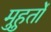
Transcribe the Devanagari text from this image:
मुहुर्तों